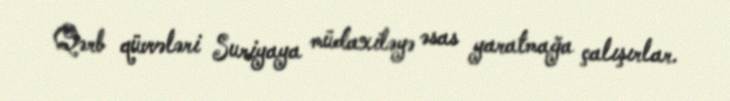
Qərb qüvvələri Suriyaya müdaxiləyə əsas yaratmağa çalışırlar.